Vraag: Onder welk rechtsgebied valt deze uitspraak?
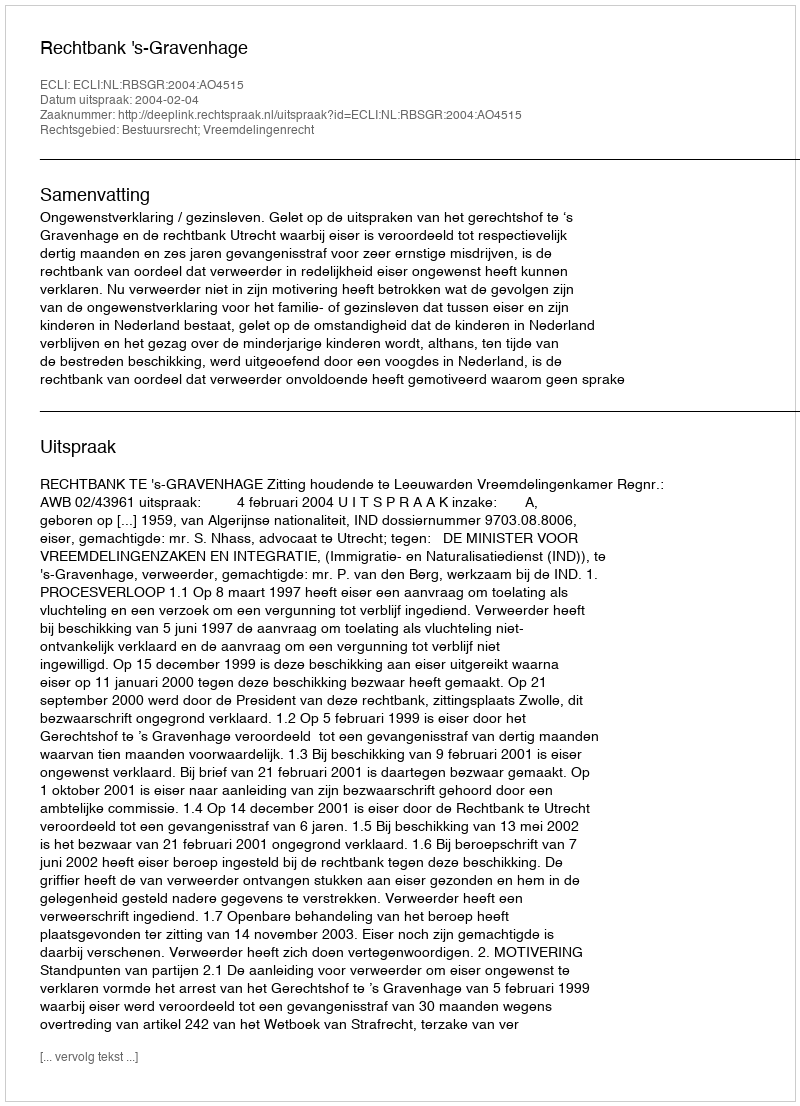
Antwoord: Bestuursrecht; Vreemdelingenrecht